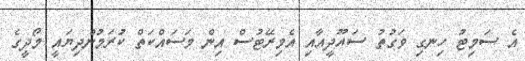
އެ ސަމިޓު ހިނގި ވަގުތު ސައޫދީއާއި އެމިރޭޓުސް އިން މަސައްކަތް ކުރަމުންދިޔައީ މޯދީގެ